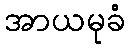
အာယမုခံ